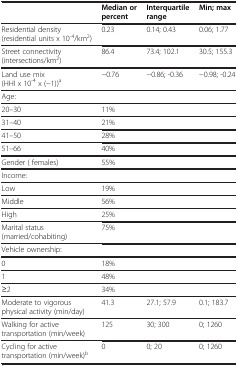
|  | Median or percent | Interquartile range | Min; max |
 | --- | --- | --- | --- |
 | Residential density (residential units x 10-4/km2) | 0.23 | 0.14; 0.43 | 0.06; 1.77 |
 | Street connectivity (intersections/km2) | 86.4 | 73.4; 102.1 | 30.5; 155.3 |
 | Land use mix (HHI x 10-4 x (−1))a | −0.76 | −0.86; -0.36 | −0.98; -0.24 |
 | Age: |  |  |  |
 | 20–30 | 11% |  |  |
 | 31–40 | 21% |  |  |
 | 41–50 | 28% |  |  |
 | 51–66 | 40% |  |  |
 | Gender ( females) | 55% |  |  |
 | Income: |  |  |  |
 | Low | 19% |  |  |
 | Middle | 56% |  |  |
 | High | 25% |  |  |
 | Marital status (married/cohabiting) | 75% |  |  |
 | Vehicle ownership: |  |  |  |
 | 0 | 18% |  |  |
 | 1 | 48% |  |  |
 | ≥2 | 34% |  |  |
 | Moderate to vigorous physical activity (min/day) | 41.3 | 27.1; 57.9 | 0.1; 183.7 |
 | Walking for active transportation (min/week) | 125 | 30; 300 | 0; 1260 |
 | Cycling for active transportation (min/week)b | 0 | 0; 20 | 0; 1260 |